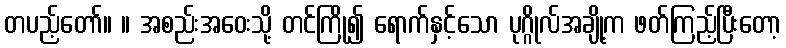
တပည့်တော်။ ။ အစည်းအဝေးသို့ တင်ကြို၍ ရောက်နှင့်သော ပုဂ္ဂိုလ်အချို့က ဖတ်ကြည့်ပြီးတော့